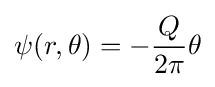
\psi (r,\theta )=-{\frac {Q}{2\pi }}\theta